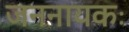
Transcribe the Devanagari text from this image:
जननायकः